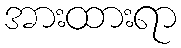
အားထားရာ